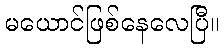
မယောင်ဖြစ်နေလေပြီ။